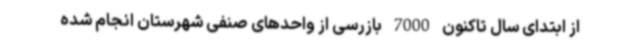
از ابتدای سال تاکنون 7000 بازرسی از واحدهای صنفی شهرستان انجام شده